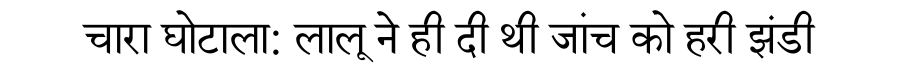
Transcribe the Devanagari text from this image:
चारा घोटाला: लालू ने ही दी थी जांच को हरी झंडी